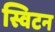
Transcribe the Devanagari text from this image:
स्विटन